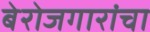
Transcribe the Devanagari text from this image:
बेरोजगारांचा